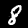
Digit: 8